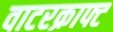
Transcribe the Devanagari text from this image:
वाटरक्राफ्ट